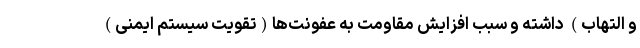
و التهاب) داشته و سبب افزایش مقاومت به عفونت‌ها(تقویت سیستم ایمنی)